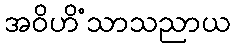
အဝိဟိံသာသညာယ